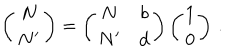
LaTeX: \left( \begin{matrix} { { N } } \\ { { N ^ { \prime } } } \\ \end{matrix} \right) = \left( \begin{matrix} { { N } } & { { b } } \\ { { N ^ { \prime } } } & { { d } } \\ \end{matrix} \right) \left( \begin{matrix} { { 1 } } \\ { { 0 } } \\ \end{matrix} \right) \, .